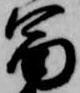
富